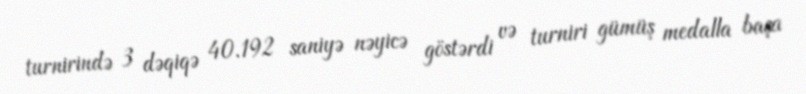
turnirində 3 dəqiqə 40.192 saniyə nəyicə göstərdi və turniri gümüş medalla başa